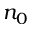
n _ { 0 }